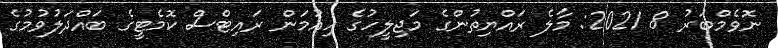
ނޮވެމްބަރު 8 2021: މާލެ ރައްޔިތުންގެ މަޖިލީހުގެ ހިއުމަން ރައިޓްސް ކޮމެޓީގެ ބައްދަލުވުމުގެ